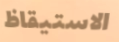
الاستيقاظ